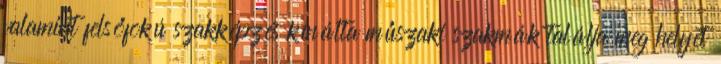
valamint felsőfokú szakképzés kínálta műszaki szakmák találja meg helyét